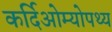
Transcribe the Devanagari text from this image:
कर्दिओम्योपथ्य